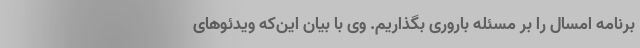
برنامه امسال را بر مسئله باروری بگذاریم. وی با بیان این‌که ویدئوهای